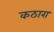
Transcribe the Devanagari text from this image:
कठारा